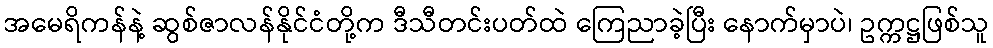
အမေရိကန်နဲ့ ဆွစ်ဇာလန်နိုင်ငံတို့က ဒီသီတင်းပတ်ထဲ ကြေညာခဲ့ပြီး နောက်မှာပဲ၊ ဥက္ကဋ္ဌဖြစ်သူ